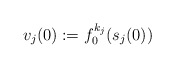
\begin{align*}v_j(0):=f_{0}^{k_j}(s_j(0))\end{align*}